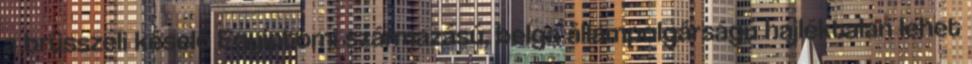
a brüsszeli késelő Egyiptomi származású, belga állampolgárságú hajléktalan lehet